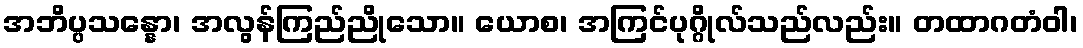
အဘိပ္ပသန္နော၊ အလွန်ကြည်ညိုသော။ ယောစ၊ အကြင်ပုဂ္ဂိုလ်သည်လည်း။ တထာဂတံဝါ၊